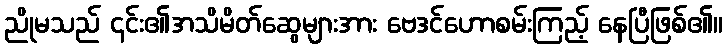
ညိုမသည် ၄င်း၏အသိမိတ်ဆွေများအား ဗေဒင်ဟောစမ်းကြည့် နေပြီဖြစ်၏။